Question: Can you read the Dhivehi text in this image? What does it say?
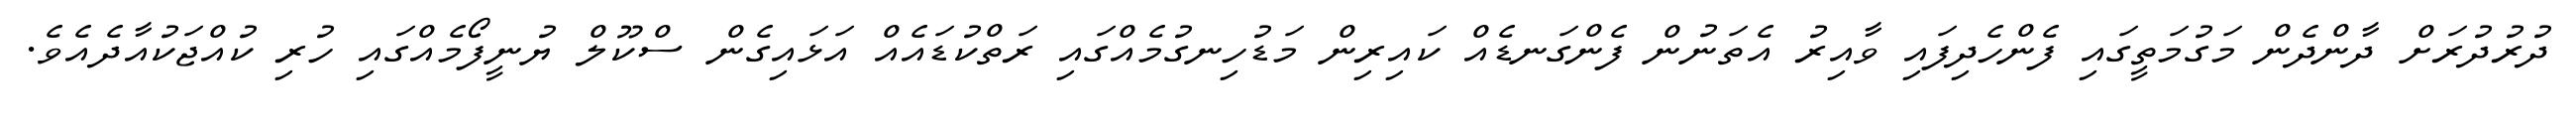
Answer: ދުރުދުރަށް ދާންދެން މަގުމަތީގައި ފެންހެދިފައި ވާއިރު އެތަނުން ފެންގަނޑެއް ކައިރިން މަޑުހިނގުމެއްގައި ރަތްކުޑައެއް އަޅައިގެން ސްކޫލް ޔުނީފޯމެއްގައި ހުރި ކުއްޖަކުއާދެއެވެ.